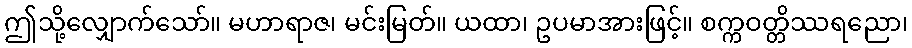
ဤသို့လျှောက်သော်။ မဟာရာဇ၊ မင်းမြတ်။ ယထာ၊ ဥပမာအားဖြင့်။ စက္ကဝတ္တိဿရညော၊